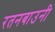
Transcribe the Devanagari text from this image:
रतनबाउनी